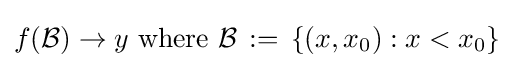
f({\mathcal {B}})\to y{\text{ where }}{\mathcal {B}}\,:=\,\left\{\left(x,x_{0}\right):x<x_{0}\right\}